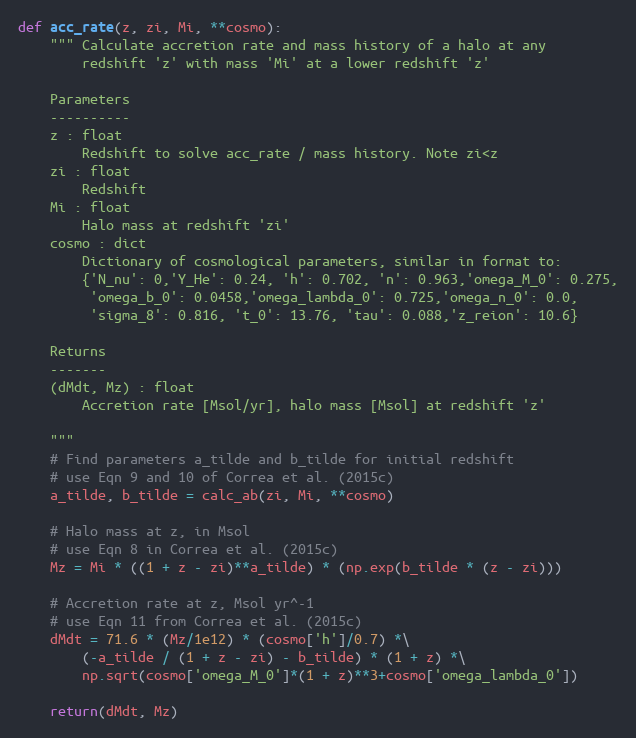
Language: Python
def acc_rate(z, zi, Mi, **cosmo):
    """ Calculate accretion rate and mass history of a halo at any
        redshift 'z' with mass 'Mi' at a lower redshift 'z'

    Parameters
    ----------
    z : float
        Redshift to solve acc_rate / mass history. Note zi<z
    zi : float
        Redshift
    Mi : float
        Halo mass at redshift 'zi'
    cosmo : dict
        Dictionary of cosmological parameters, similar in format to:
        {'N_nu': 0,'Y_He': 0.24, 'h': 0.702, 'n': 0.963,'omega_M_0': 0.275,
         'omega_b_0': 0.0458,'omega_lambda_0': 0.725,'omega_n_0': 0.0,
         'sigma_8': 0.816, 't_0': 13.76, 'tau': 0.088,'z_reion': 10.6}

    Returns
    -------
    (dMdt, Mz) : float
        Accretion rate [Msol/yr], halo mass [Msol] at redshift 'z'

    """
    # Find parameters a_tilde and b_tilde for initial redshift
    # use Eqn 9 and 10 of Correa et al. (2015c)
    a_tilde, b_tilde = calc_ab(zi, Mi, **cosmo)

    # Halo mass at z, in Msol
    # use Eqn 8 in Correa et al. (2015c)
    Mz = Mi * ((1 + z - zi)**a_tilde) * (np.exp(b_tilde * (z - zi)))

    # Accretion rate at z, Msol yr^-1
    # use Eqn 11 from Correa et al. (2015c)
    dMdt = 71.6 * (Mz/1e12) * (cosmo['h']/0.7) *\
        (-a_tilde / (1 + z - zi) - b_tilde) * (1 + z) *\
        np.sqrt(cosmo['omega_M_0']*(1 + z)**3+cosmo['omega_lambda_0'])

    return(dMdt, Mz)